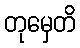
တုမှေတိ